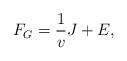
LaTeX: \begin{align*}F_G=\frac{1}{v}J+E,\end{align*}